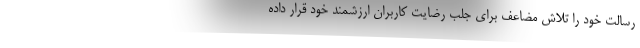
رسالت خود را تلاش مضاعف برای جلب رضایت کاربران ارزشمند خود قرار داده